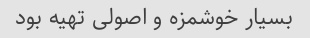
بسیار خوشمزه و اصولی تهیه بود